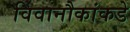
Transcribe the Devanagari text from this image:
विवानौकांकडे